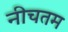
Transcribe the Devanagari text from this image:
नीचतम